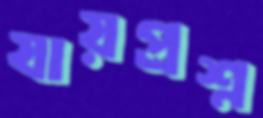
যায়প্রশ্ন